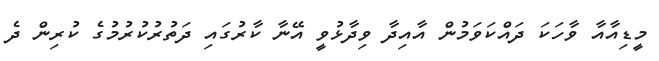
މީޑިއާއާ ވާހަކަ ދައްކަވަމުން އާއިދާ ވިދާޅުވީ އޭނާ ކާރުގައި ދަތުރުކުރުމުގެ ކުރިން ދެ